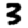
Digit: 3